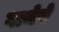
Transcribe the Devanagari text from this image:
गाथेचे